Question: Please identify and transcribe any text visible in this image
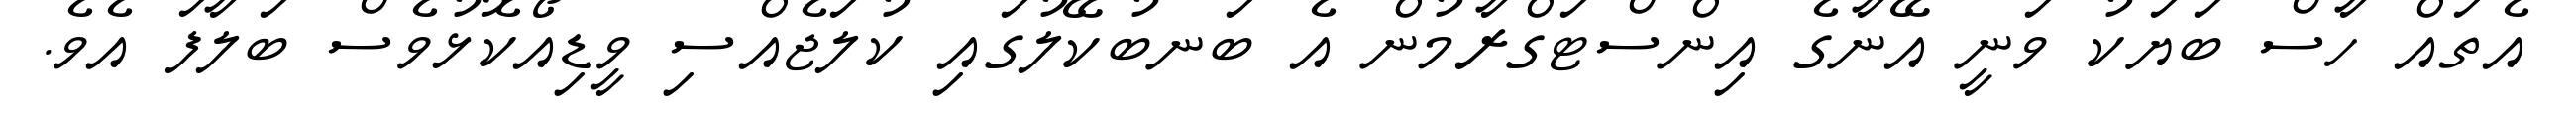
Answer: އެތައް ހާސް ބަޔަކު ވަނީ އޭނާގެ އިންސްޓަގްރާމުން އެ ބަނބުކޭލުގައި ކުލަޖެއްސި ވީޑިއޯކޮޅުވެސް ބަލާފަ އެވެ.